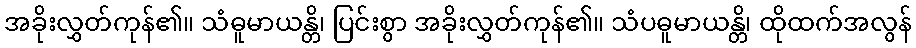
အခိုးလွှတ်ကုန်၏။ သံဓူမာယန္တိ၊ ပြင်းစွာ အခိုးလွှတ်ကုန်၏။ သံပဓူမာယန္တိ၊ ထိုထက်အလွန်